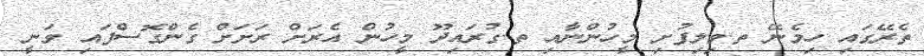
ތެރޭގައި ހިމެނޭ ތ.ވިލިފުށި މީހުންނާއި ތ.ގުރައިދޫ މީހުން އެރަށް ރަށަށް ގެންގޮސްފައި ވަނީ